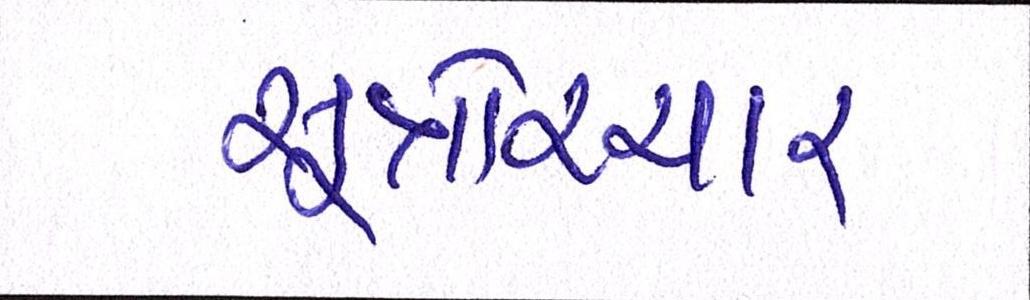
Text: સૂત્રોચ્ચાર